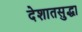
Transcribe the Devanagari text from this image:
देशातसुद्धा